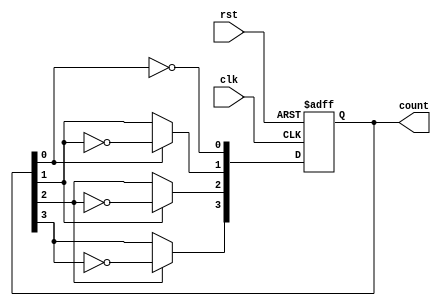
module async_ripple_counter (
    input wire clk,        // Clock input
    input wire rst,        // Reset input
    output reg [3:0] count // 4-bit counter output
);

    // Flip-flops for the ripple counter
    always @(posedge clk or posedge rst) begin
        if (rst) begin
            count <= 4'b0000; // Reset the counter to 0
        end else begin
            count[0] <= ~count[0]; // Toggle LSB
            count[1] <= count[0] ? ~count[1] : count[1]; // Toggle second bit on LSB transition
            count[2] <= count[1] ? ~count[2] : count[2]; // Toggle third bit on second bit transition
            count[3] <= count[2] ? ~count[3] : count[3]; // Toggle MSB on third bit transition
        end
    end
endmodule